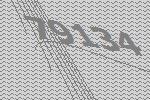
79134